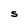
Character: S